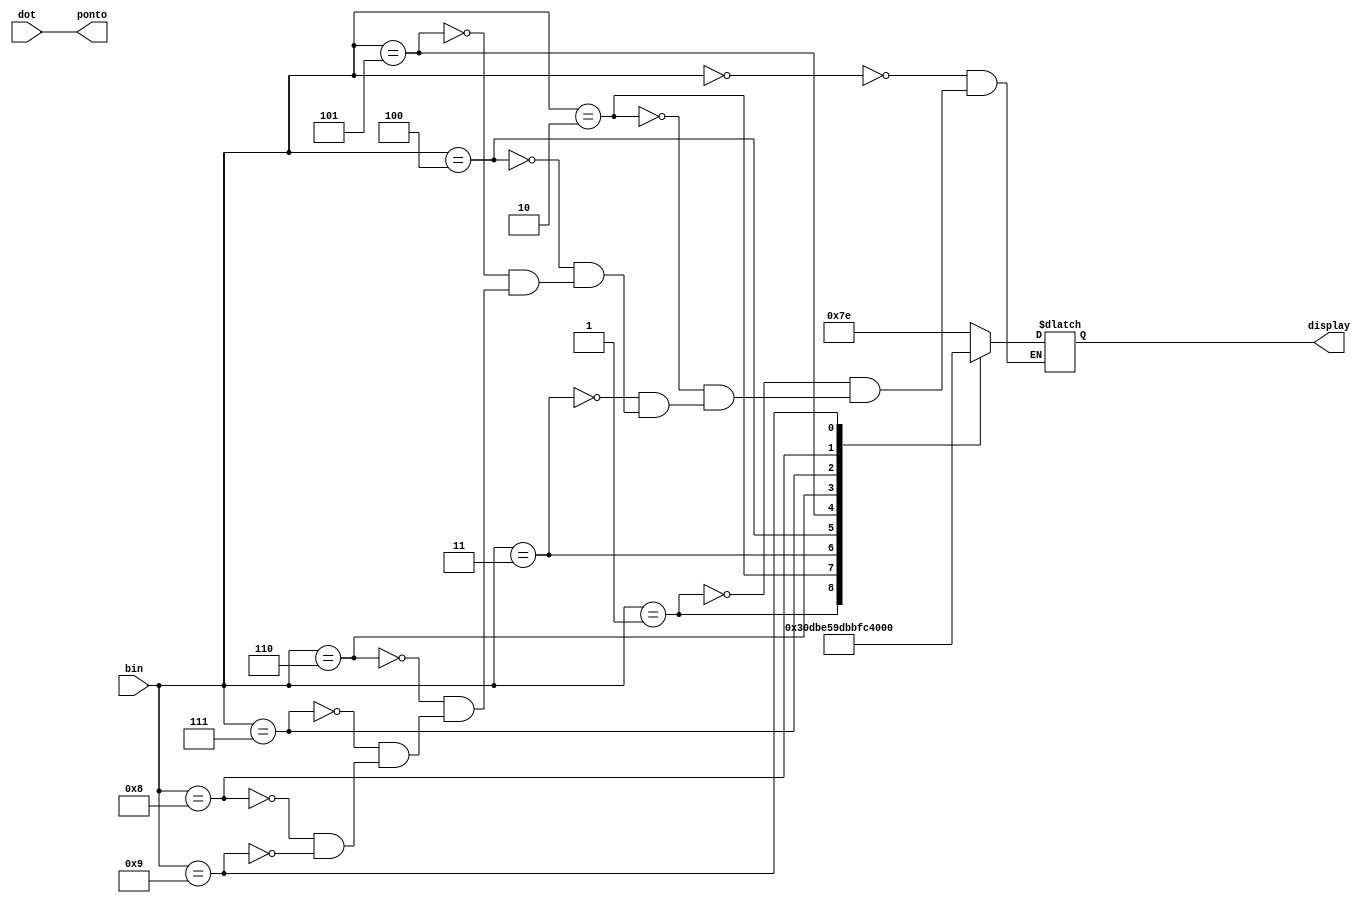
module bcd_7seg(bin,dot,display,ponto);

	input [3:0]bin;
	input dot;
	output reg[6:0] display;
	output reg ponto;

	always @(bin)
	begin
		case(bin)
			0: display = 7'b1111110;
			1: display = 7'b0110000;
			2: display = 7'b1101101;
			3: display = 7'b1111001;
			4: display = 7'b0110011;
			5: display = 7'b1011011;
			6: display = 7'b1011111;
			7: display = 7'b1110000;
			8: display = 7'b1111111;
			9: display = 7'b1111011;
		endcase
		
		ponto = dot;
	end

endmodule